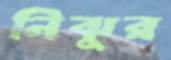
নিঝুর